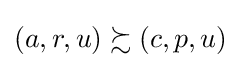
\left(a,r,u\right)\succsim \left(c,p,u\right)